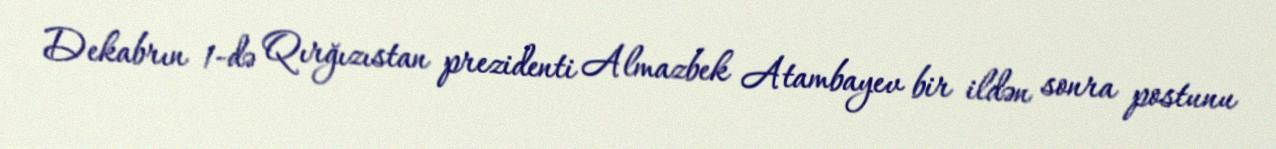
Dekabrın 1-də Qırğızıstan prezidenti Almazbek Atambayev bir ildən sonra postunu